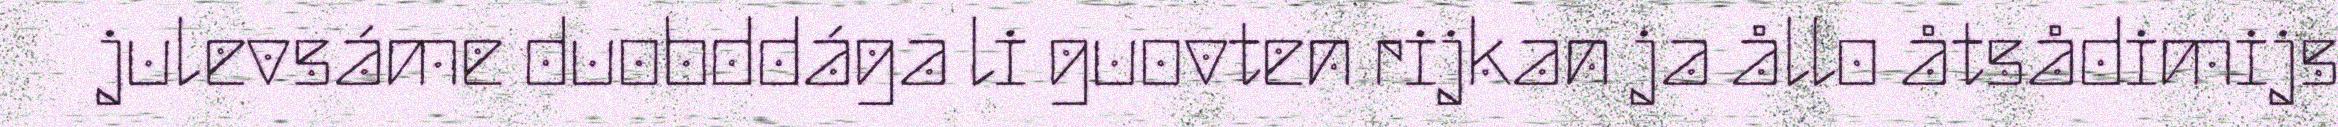
julevsáme duobddága li guovten rijkan ja ållo åtsådimijs